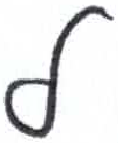
אות: ל